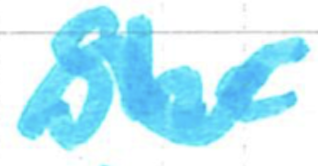
Text: She
Cross-out: wave
Writing tool: marker